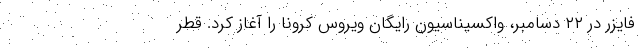
فایزر در ۲۲ دسامبر، واکسیناسیون رایگان ویروس کرونا را آغاز کرد. قطر